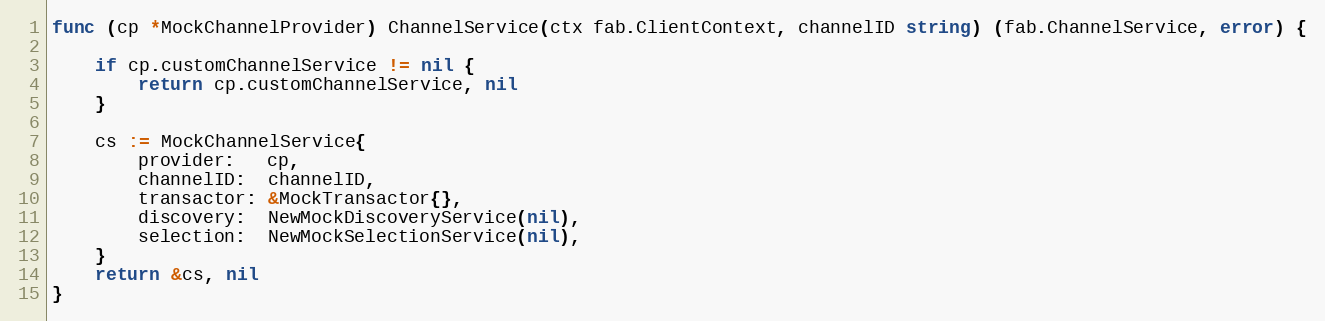
Language: Go
func (cp *MockChannelProvider) ChannelService(ctx fab.ClientContext, channelID string) (fab.ChannelService, error) {

	if cp.customChannelService != nil {
		return cp.customChannelService, nil
	}

	cs := MockChannelService{
		provider:   cp,
		channelID:  channelID,
		transactor: &MockTransactor{},
		discovery:  NewMockDiscoveryService(nil),
		selection:  NewMockSelectionService(nil),
	}
	return &cs, nil
}